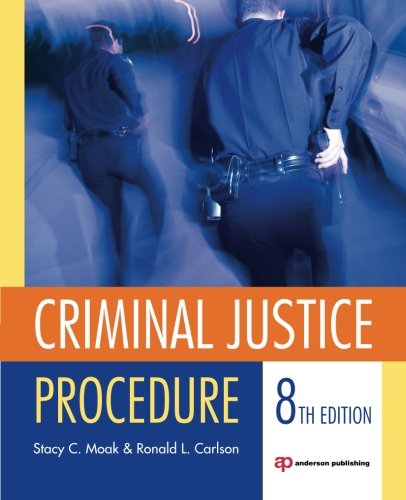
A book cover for Criminal Justice Procedure; Stacy C. Moak; Law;